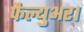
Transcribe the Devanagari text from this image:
फैल्युअर।